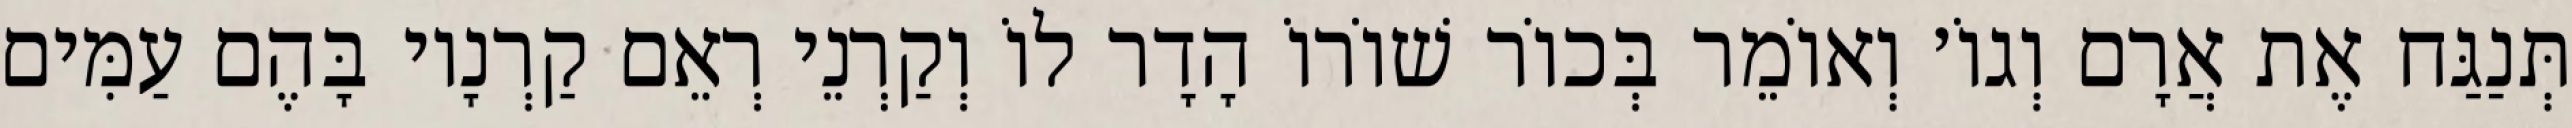
תְּנַגַּח אֶת אֲרָם וְגוֹ׳ וְאוֹמֵר בְּכוֹר שׁוֹרוֹ הָדָר לוֹ וְקַרְנֵי רְאֵם קַרְנָיו בָּהֶם עַמִּים